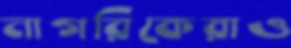
নাগরিকেরাও